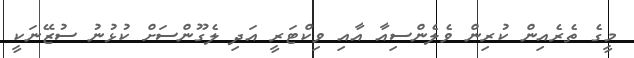
މީގެ ތެރެއިން ކުރިން ވެލެންސިއާ އާއި ވިކްޓަރީ އަދި ލެގޫންސަށް ކުޅުނު ސުޒޭނަކީ